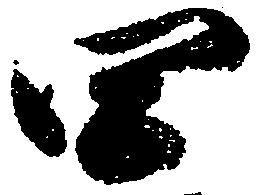
四